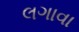
લગાવા